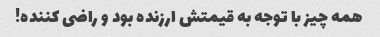
همه چیز با توجه به قیمتش ارزنده بود و راضی کننده!